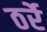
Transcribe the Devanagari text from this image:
ठर्रे